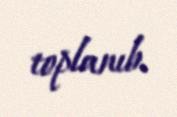
toplanıb.